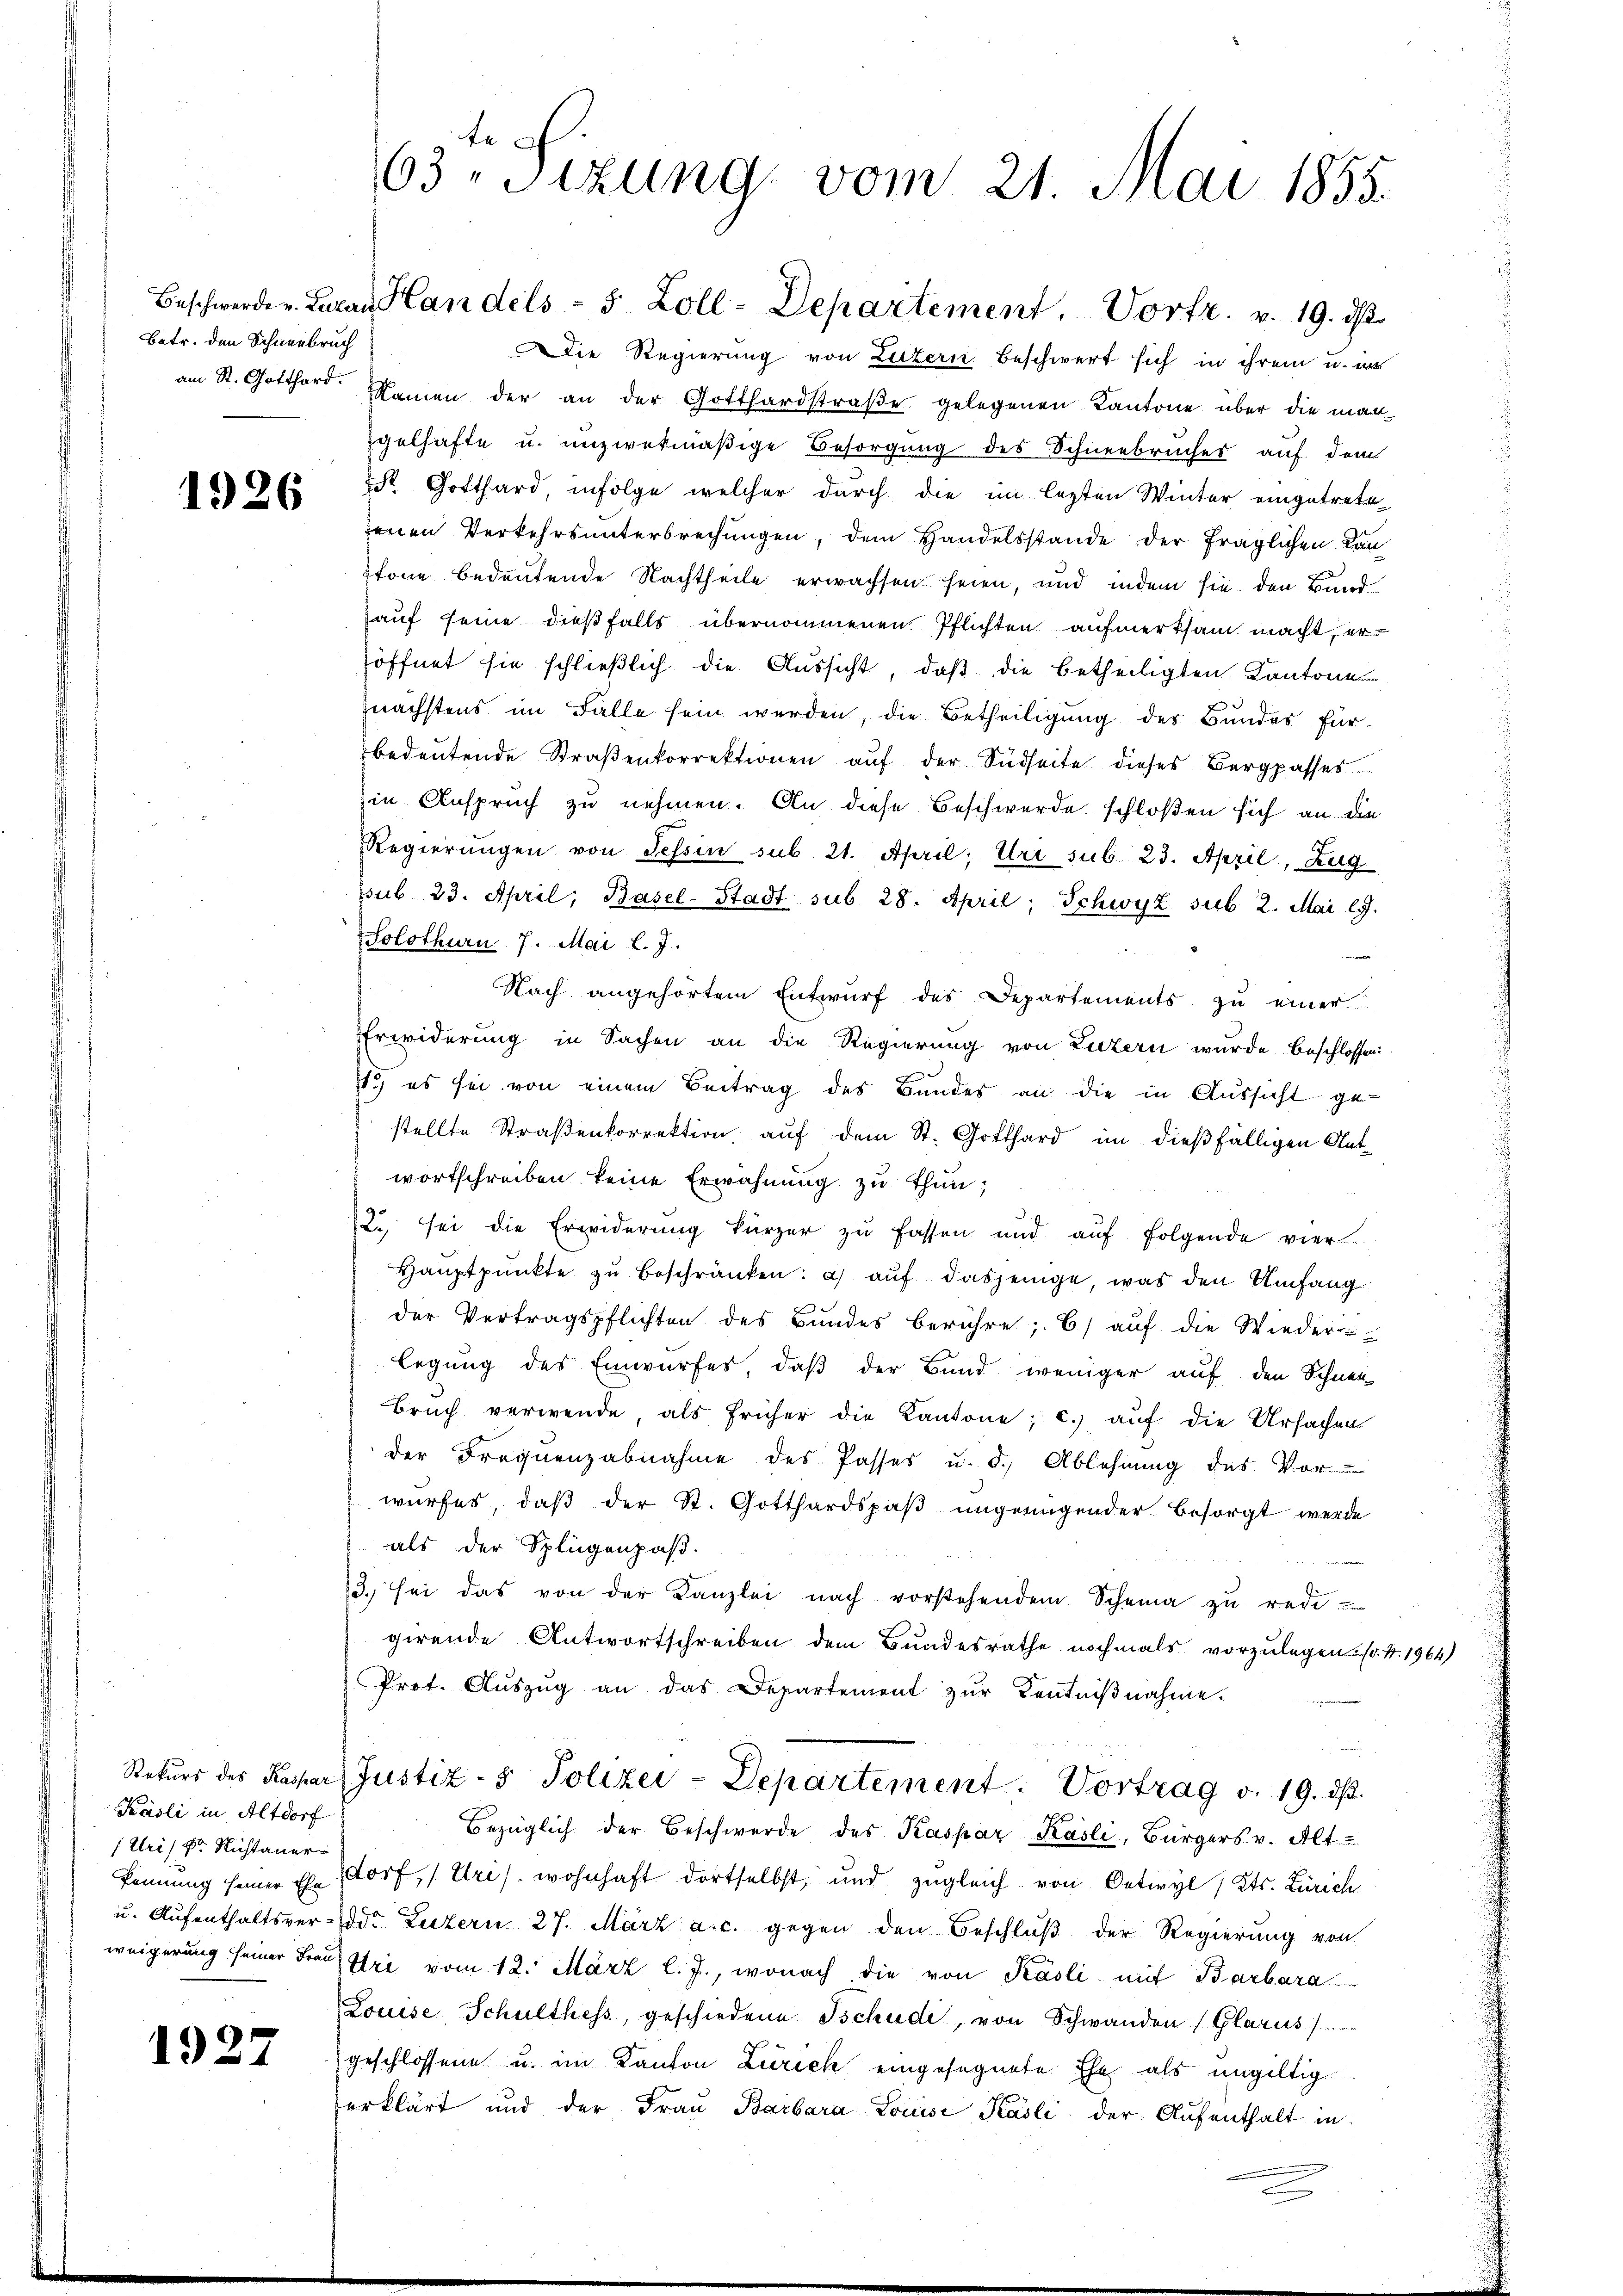
Betr. den Schneebruch

1926

Käsli in Altdorf
Uris Dr. Rustauer

1927

te
63. Sitzung vom 21. Mai 1855.

Beschwerde v. Laran Handels- 5 Zoll-Departement. Vortr. v. 19. ds.
Die Regierung von Luzern beschwert sich in ihrem u. in
am St. Gotthard. Namen der an der Gotthardstraβe gelegenen Kantone über die man
gelhafte u. unzwekmäßige Besorgung des Schneebruches auf dem
Dr. Gotthard infolge welcher durch die im lezten Winter eingetretejenen Verkehrsunterbrechungen, dem Handelsstande der fraglichen Kantone bedeutende Nachtheile erwachsen seien, und indem sie den Bundhauf seine dießfalls übernommenen Pflichten aufmerksam macht, eröffnet sie schließlich die Aussicht, daß die betheiligten Kantone
nächstens im Falle sein werden, die Betheiligung des Bundes für
bedeŭtende Straβenkorrektionen aŭf der Südseite dieses Bergpasses
in Anspruch zu nehmen. An diese Beschwerde schloßen sich an die
Regierŭngen von Tessin sub 21. April, Uri sub 23. April, Zug
ssub 23. April, Basel-Stadt sub 28. April; Schwyz sub 2. Mai lJ.
Solothurn, 7. Mai l. J.
Nach angehörtem Entwŭrf des Departements zu einer
Erwiderung in Sachen an die Regierung von Luzern wurde beschlossen.
11.) es sei von einem Beitrag des Bundes an die in Aussicht ge-
stellte Straßenkorrektion auf dem St. Gotthard im dießfälligen Antwortschreiben keine Erwähnung zu thun;
2. sei die Erwiderŭng kürzer zŭ fassen und aŭf folgende vier
Haŭptpunkte zu beschränken: a) auf dasjenige, was den Umfang
der Vertragspflichten des Bŭndes berühre; 6. aŭf die Wieder-
legung des Einwurfes, daß der Bund weniger auf den Schnee
Bruch verwende, als früher die Kantone; c.) auf die Ursachen
der Frequenzabnahme des Passes u. d. Ablehnung des Vor-
wurfes, daβ der St. Gotthardspaβ ungenügender besorgt werde
als der Splügenpaß.
/3. sei das von der Kanzlei nach vorstehendem Scheina zu rede.
girende Antwortschreiben dem Bundesrathe nochmals vorzulegen. (v. 4. 1964)
Prot. Aŭszŭg an das Departement zŭr Kentniβnahme.
Rekŭrs des Kaspar Justiz- & Polizei-Departement. Vortrag v. 19. dβ.
Bezüglich der Beschwerde des Kaspar Kasli, Bürgers v. Alt
Pennung seiner Ehe Dorf, Uri s. wohnhaft dortselbst, und zugleich von Oetwyl Kts. Zürich
u. Aufenthaltsver- oder Luzern 27. März a. c. gegen den Beschluß der Regierung von
weigerung seiner Fraŭ Uri vom 12. März l. J., wonach die von Käsli mit Barbara
Louise, Schulthess, geschiedene Tschudi, von Schwanden (Glarus s
geschlossene u. im Kanton Zürich eingesegnete Ehe als ungültig
verklärt und der Fraŭ Barbara Louise Käsli, der Aufenthalt in